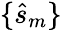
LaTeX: \{ \hat{s}_{m}\}